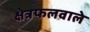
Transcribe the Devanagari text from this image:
क्षेत्रफलवाले